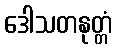
ဒေါသတနုတ္တံ